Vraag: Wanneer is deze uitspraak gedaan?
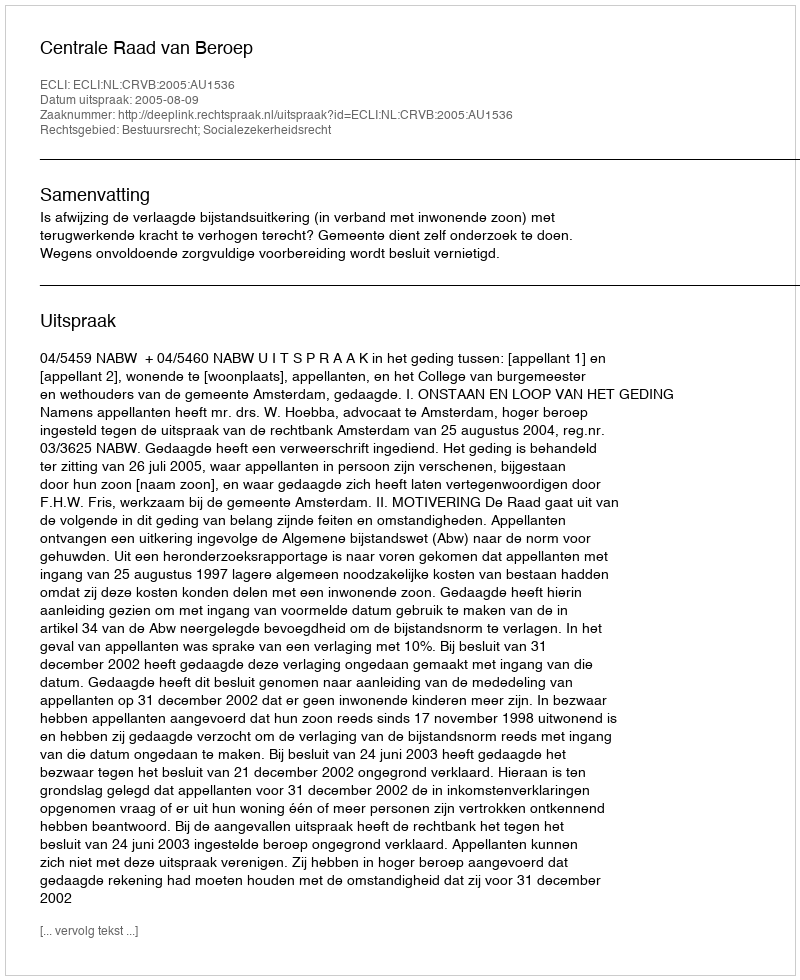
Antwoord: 2005-08-09